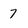
Character: 7